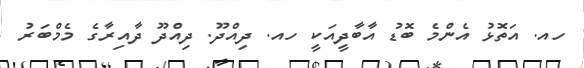
ހއ. އަތޮޅު އެންމެ ބޮޑު އާބާދީއަކީ ހއ. ދިއްދޫ. ދިއްދޫ ދާއިރާގެ މެމްބަރު